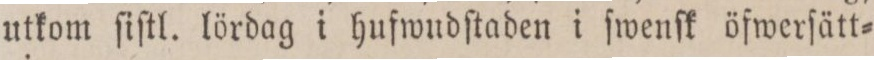
utkom ſiſtl. lördag i hufwudſtaden i ſwenſk öfwerſätt=